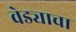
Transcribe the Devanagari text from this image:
वेड्याचा